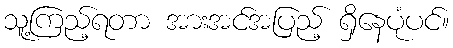
သူ့ကြည့်ရတာ အားအင်အပြည့် ရှိနေပုံပင်။